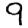
Digit: 9